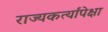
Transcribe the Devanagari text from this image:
राज्यकर्त्यांपेक्षा